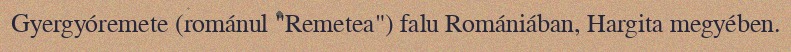
Gyergyóremete (románul "Remetea") falu Romániában, Hargita megyében.